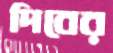
দিবের